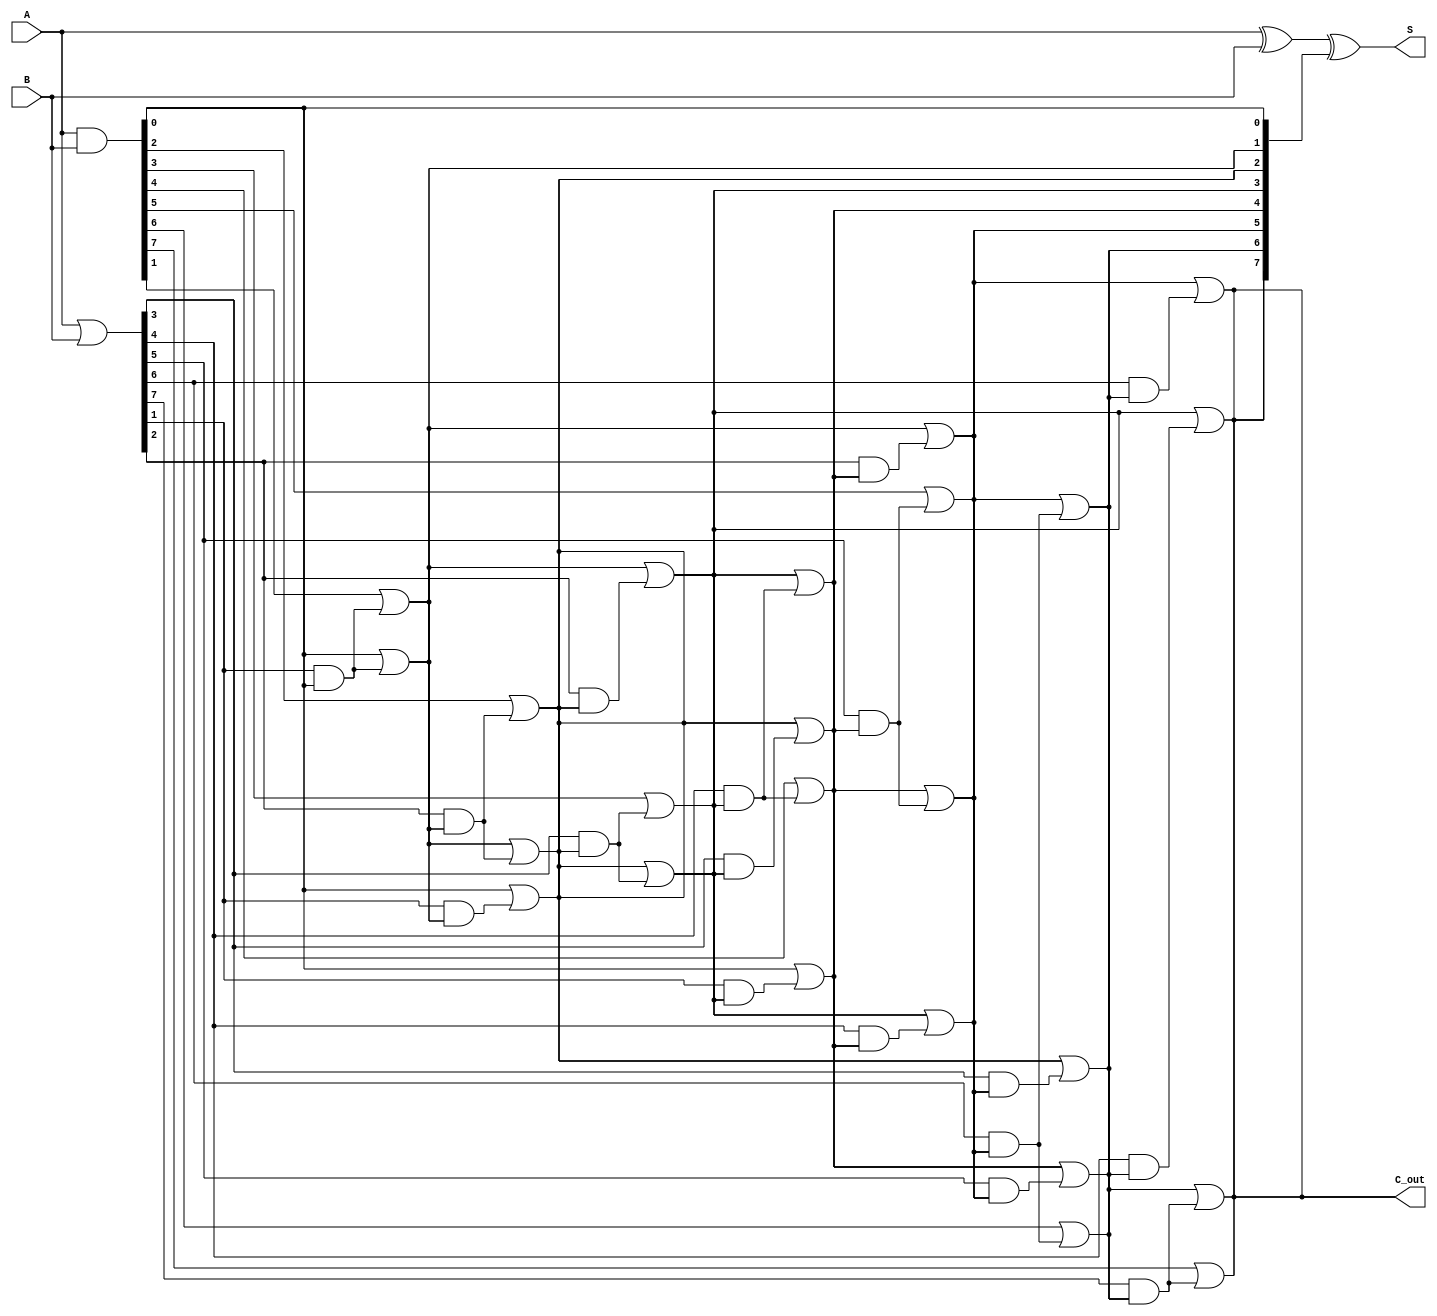
module brent_kung_adder #(parameter N = 8) (
    input [N-1:0] A,
    input [N-1:0] B,
    output [N-1:0] S,
    output C_out
);

    // Generate (G) and Propagate (P) signals
    wire [N-1:0] G;
    wire [N-1:0] P;
    
    assign G = A & B; // Generate
    assign P = A | B; // Propagate

    // Carry signals
    wire [N:0] C; // C[0] is the initial carry input
    assign C[0] = 1'b0; // Initial carry input

    // Carry generation using Brent-Kung structure
    genvar i, j;
    generate
        // First stage: Local carries
        for (i = 0; i < N; i = i + 1) begin
            assign C[i+1] = G[i] | (P[i] & C[i]);
        end
        
        // Additional stages for carry computation
        for (i = 1; i < N; i = i * 2) begin
            for (j = 0; j < N; j = j + 1) begin
                if (j + i < N) begin
                    assign C[j + i + 1] = C[j + 1] | (P[j + 1] & C[j + i]);
                end
            end
        end
    endgenerate

    // Sum calculation
    assign S = A ^ B ^ C[N:1]; // Sum bits
    assign C_out = C[N]; // Carry out

endmodule